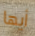
أيها